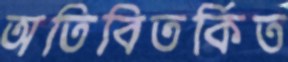
অতিবিতর্কিত